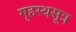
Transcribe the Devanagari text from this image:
गृहस्थसूत्र